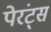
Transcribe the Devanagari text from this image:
पेरंट्स